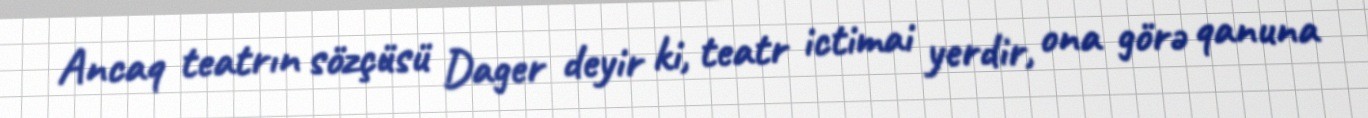
Ancaq teatrın sözçüsü Dager deyir ki, teatr ictimai yerdir, ona görə qanuna